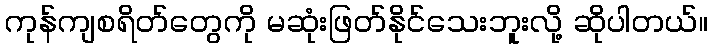
ကုန်ကျစရိတ်တွေကို မဆုံးဖြတ်နိုင်သေးဘူးလို့ ဆိုပါတယ်။